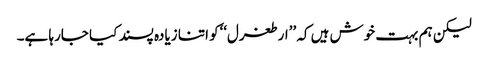
لیکن ہم بہت خوش ہیں کہ ’’ارطغرل‘‘کو اتنا زیادہ پسند کیا جارہا ہے۔